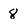
Character: 8